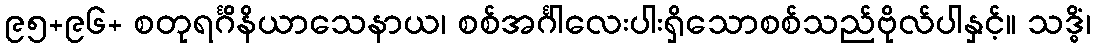
၉၅+၉၆+ စတုရင်္ဂိနိယာသေနာယ၊ စစ်အင်္ဂါလေးပါးရှိသောစစ်သည်ဗိုလ်ပါနှင့်။ သဒ္ဓိံ၊